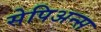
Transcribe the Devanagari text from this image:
सेपिअन्स